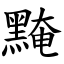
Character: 黤